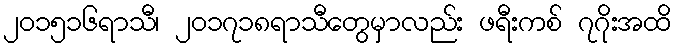
၂၀၁၅၁၆ရာသီ၊ ၂၀၁၇၁၈ရာသီတွေမှာလည်း ဖရီးကစ် ၇ဂိုးအထိ